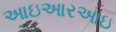
આઇઆરઆઇ